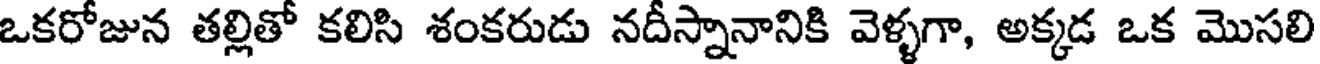
ఒకరోజున తల్లితో కలిసి శంకరుడు నదీస్నానానికి వెళ్ళగా, అక్కడ ఒక మొసలి